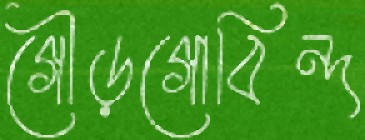
গৌড়গোবিন্দ